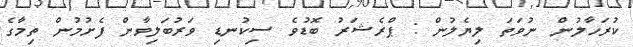
ކުރަހާލުން ނުވަތަ ލިޔެލުން : ޕްރެޝަރު ބޮޑުވެ ސިކުނޑި ވަރުބަލިވާން ފެށުމުން ތިމާގެ